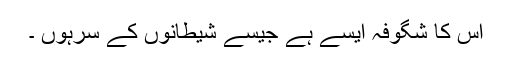
اس کا شگوفہ ایسے ہے جیسے شیطانوں کے سرہوں ۔